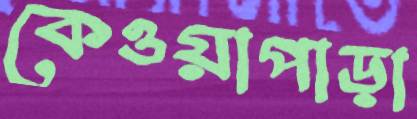
কেওয়াপাড়া